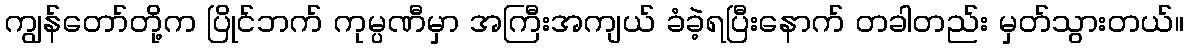
ကျွန်တော်တို့က ပြိုင်ဘက် ကုမ္ပဏီမှာ အကြီးအကျယ် ခံခဲ့ရပြီးနောက် တခါတည်း မှတ်သွားတယ်။